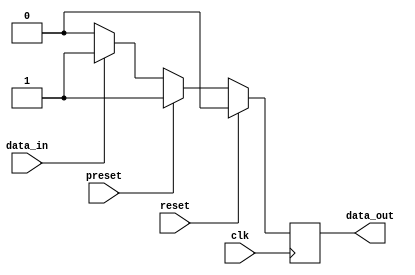
module flip_flop (
    input wire clk,
    input wire reset,
    input wire preset,
    input wire data_in,
    output reg data_out
);

reg current_state, next_state;

always @(posedge clk) begin
    if (reset) begin
        current_state <= 1'b0;
    end else if (preset) begin
        current_state <= 1'b1;
    end else begin
        current_state <= next_state;
    end
end

always @(*) begin
    if (data_in) begin
        next_state = 1'b1;
    end else begin
        next_state = 1'b0;
    end
end

assign data_out = current_state;

endmodule